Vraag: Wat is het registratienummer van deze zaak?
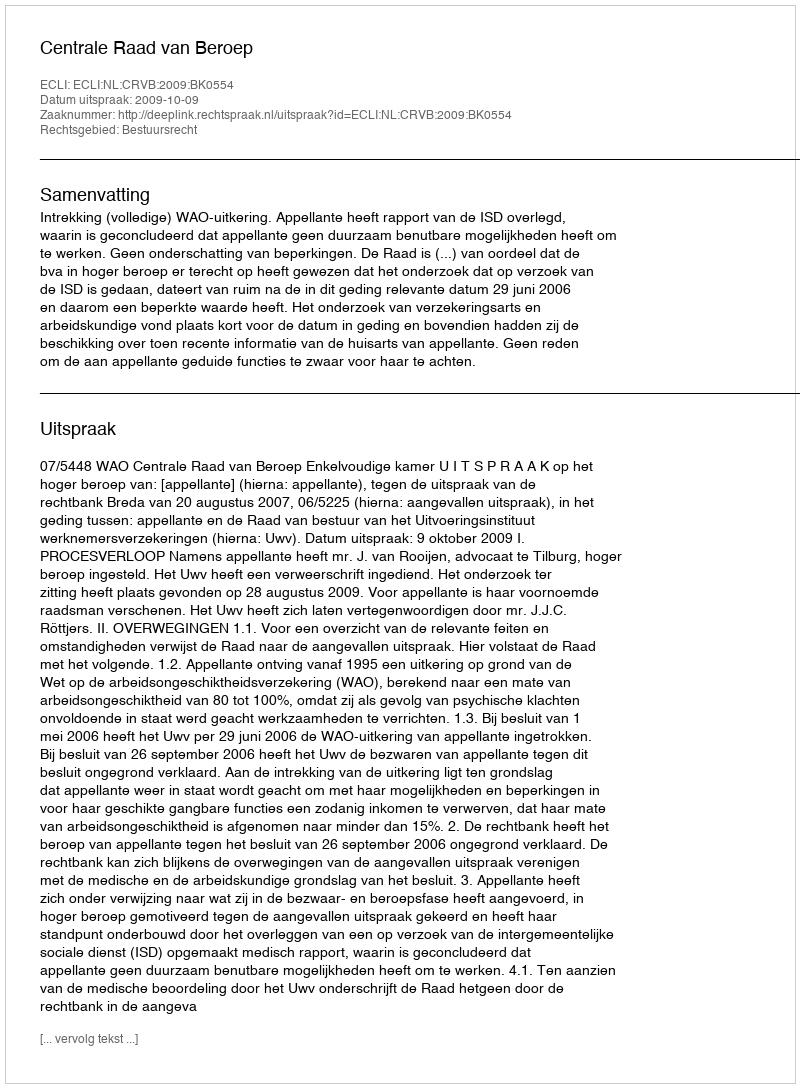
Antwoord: http://deeplink.rechtspraak.nl/uitspraak?id=ECLI:NL:CRVB:2009:BK0554